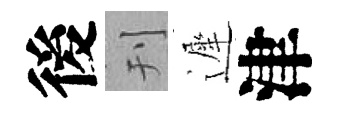
後刊遲津